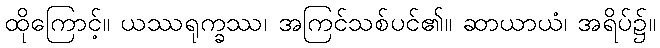
ထိုကြောင့်။ ယဿရုက္ခဿ၊ အကြင်သစ်ပင်၏။ ဆာယာယံ၊ အရိပ်၌။